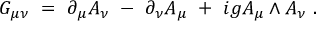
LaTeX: G _ { \mu \nu } ~ = ~ \partial _ { \mu } A _ { \nu } ~ - ~ \partial _ { \nu } A _ { \mu } ~ + ~ i g A _ { \mu } \wedge A _ { \nu } ~ .